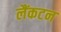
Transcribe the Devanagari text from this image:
लैंकटन